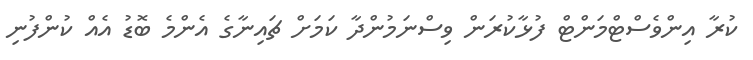
ކުރާ އިންވެސްޓްމަންޓް ފުޅާކުރަން ވިސްނަމުންދާ ކަމަށް ޗައިނާގެ އެންމެ ބޮޑު އެއް ކުންފުނި